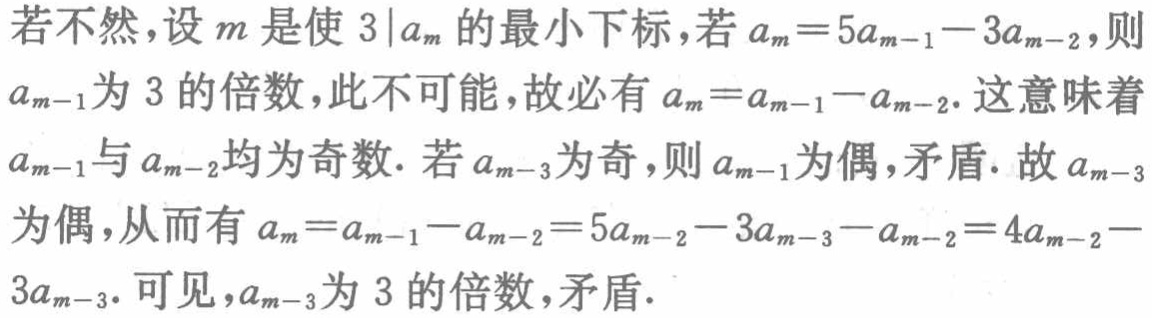
若不然，设 \(m\) 是使 \(3\mid a_{m}\) 的最小下标，若 \(a_{m}=5a_{m - 1}-3a_{m - 2}\)，则 \(a_{m - 1}\)为 \(3\) 的倍数，此不可能，故必有 \(a_{m}=a_{m - 1}-a_{m - 2}\)。这意味着 \(a_{m - 1}\)与 \(a_{m - 2}\)均为奇数. 若 \(a_{m - 3}\)为奇，则 \(a_{m - 1}\)为偶，矛盾. 故 \(a_{m - 3}\)为偶，从而有 \(a_{m}=a_{m - 1}-a_{m - 2}=5a_{m - 2}-3a_{m - 3}-a_{m - 2}=4a_{m - 2}-3a_{m - 3}\)。可见，\(a_{m - 3}\)为 \(3\) 的倍数，矛盾.